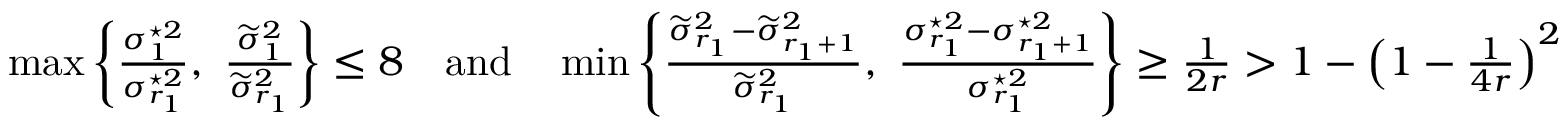
\begin{array} { r } { \operatorname* { m a x } \left\{ \frac { \sigma _ { 1 } ^ { \star 2 } } { \sigma _ { r _ { 1 } } ^ { \star 2 } } , \ \frac { \widetilde { \sigma } _ { 1 } ^ { 2 } } { \widetilde { \sigma } _ { r _ { 1 } } ^ { 2 } } \right\} \leq 8 \quad \mathrm { a n d } \quad \operatorname* { m i n } \left\{ \frac { \widetilde { \sigma } _ { r _ { 1 } } ^ { 2 } - \widetilde { \sigma } _ { r _ { 1 } + 1 } ^ { 2 } } { \widetilde { \sigma } _ { r _ { 1 } } ^ { 2 } } , \ \frac { \sigma _ { r _ { 1 } } ^ { \star 2 } - \sigma _ { r _ { 1 } + 1 } ^ { \star 2 } } { \sigma _ { r _ { 1 } } ^ { \star 2 } } \right\} \geq \frac { 1 } { 2 r } > 1 - \left( 1 - \frac { 1 } { 4 r } \right) ^ { 2 } } \end{array}